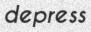
depress